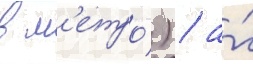
в м'етро́) / а́